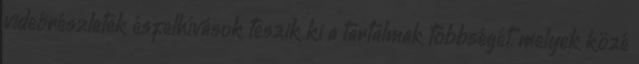
videórészletek ésfelhívások teszik ki a tartalmak többségét, melyek közé